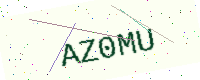
Text: AZ0MU